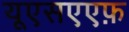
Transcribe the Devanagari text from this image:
यूएसएएफ़